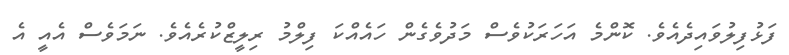
ފަޅުފިލުވައިދެއެވެ. ކޮންމެ އަހަރަކުވެސް މަދުވެގެން ހައެއްކަ ފިލްމު ރިލީޒްކުރެއެވެ. ނަމަވެސް އެއީ އެ